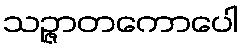
သဉ္ဇာတကောပေါ